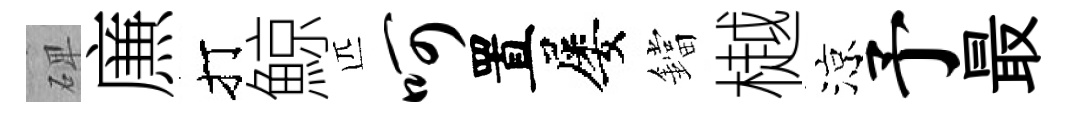
𥓓㢘打鯨匹呵置屡鐺樾涼予最